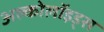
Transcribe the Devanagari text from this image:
अल्कोलॉइड्स